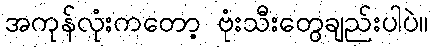
အကုန်လုံးကတော့ ဗုံးသီးတွေချည်းပါပဲ။